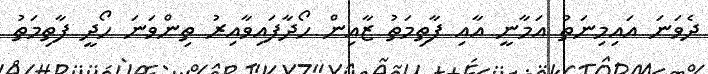
ދެވަނަ އައިމިނަތު އަމާނީ އާއި ފާތިމަތު ޒާއިން ހޯދާފައިވާއިރު ތިންވަނަ ހޯދީ ފާތިމަތު